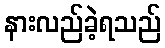
နားလည်ခဲ့ရသည်